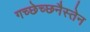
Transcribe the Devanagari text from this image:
गच्छेच्छनैस्तेन